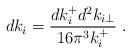
LaTeX: \begin{align*}dk_i={dk_i^+ d^2k_{i\perp} \over 16\pi^3 k_i^+} \;.\end{align*}